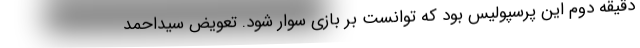
دقیقه دوم این پرسپولیس بود که توانست بر بازی سوار شود. تعویض سیداحمد